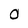
Character: O